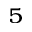
^ 5